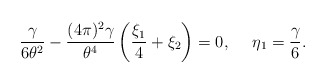
\begin{align*}\frac{\gamma}{6\theta^2}- \frac{(4\pi)^2\gamma}{\theta^4} \left(\frac{\xi_1}{4}+ \xi_2 \right) =0, \ \ \ \ \eta_1=\frac{\gamma}{6}.\end{align*}